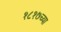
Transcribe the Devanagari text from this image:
१८१७च्या